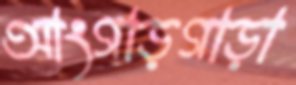
আংগাড়গাড়া